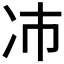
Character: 𫥀